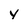
Character: y